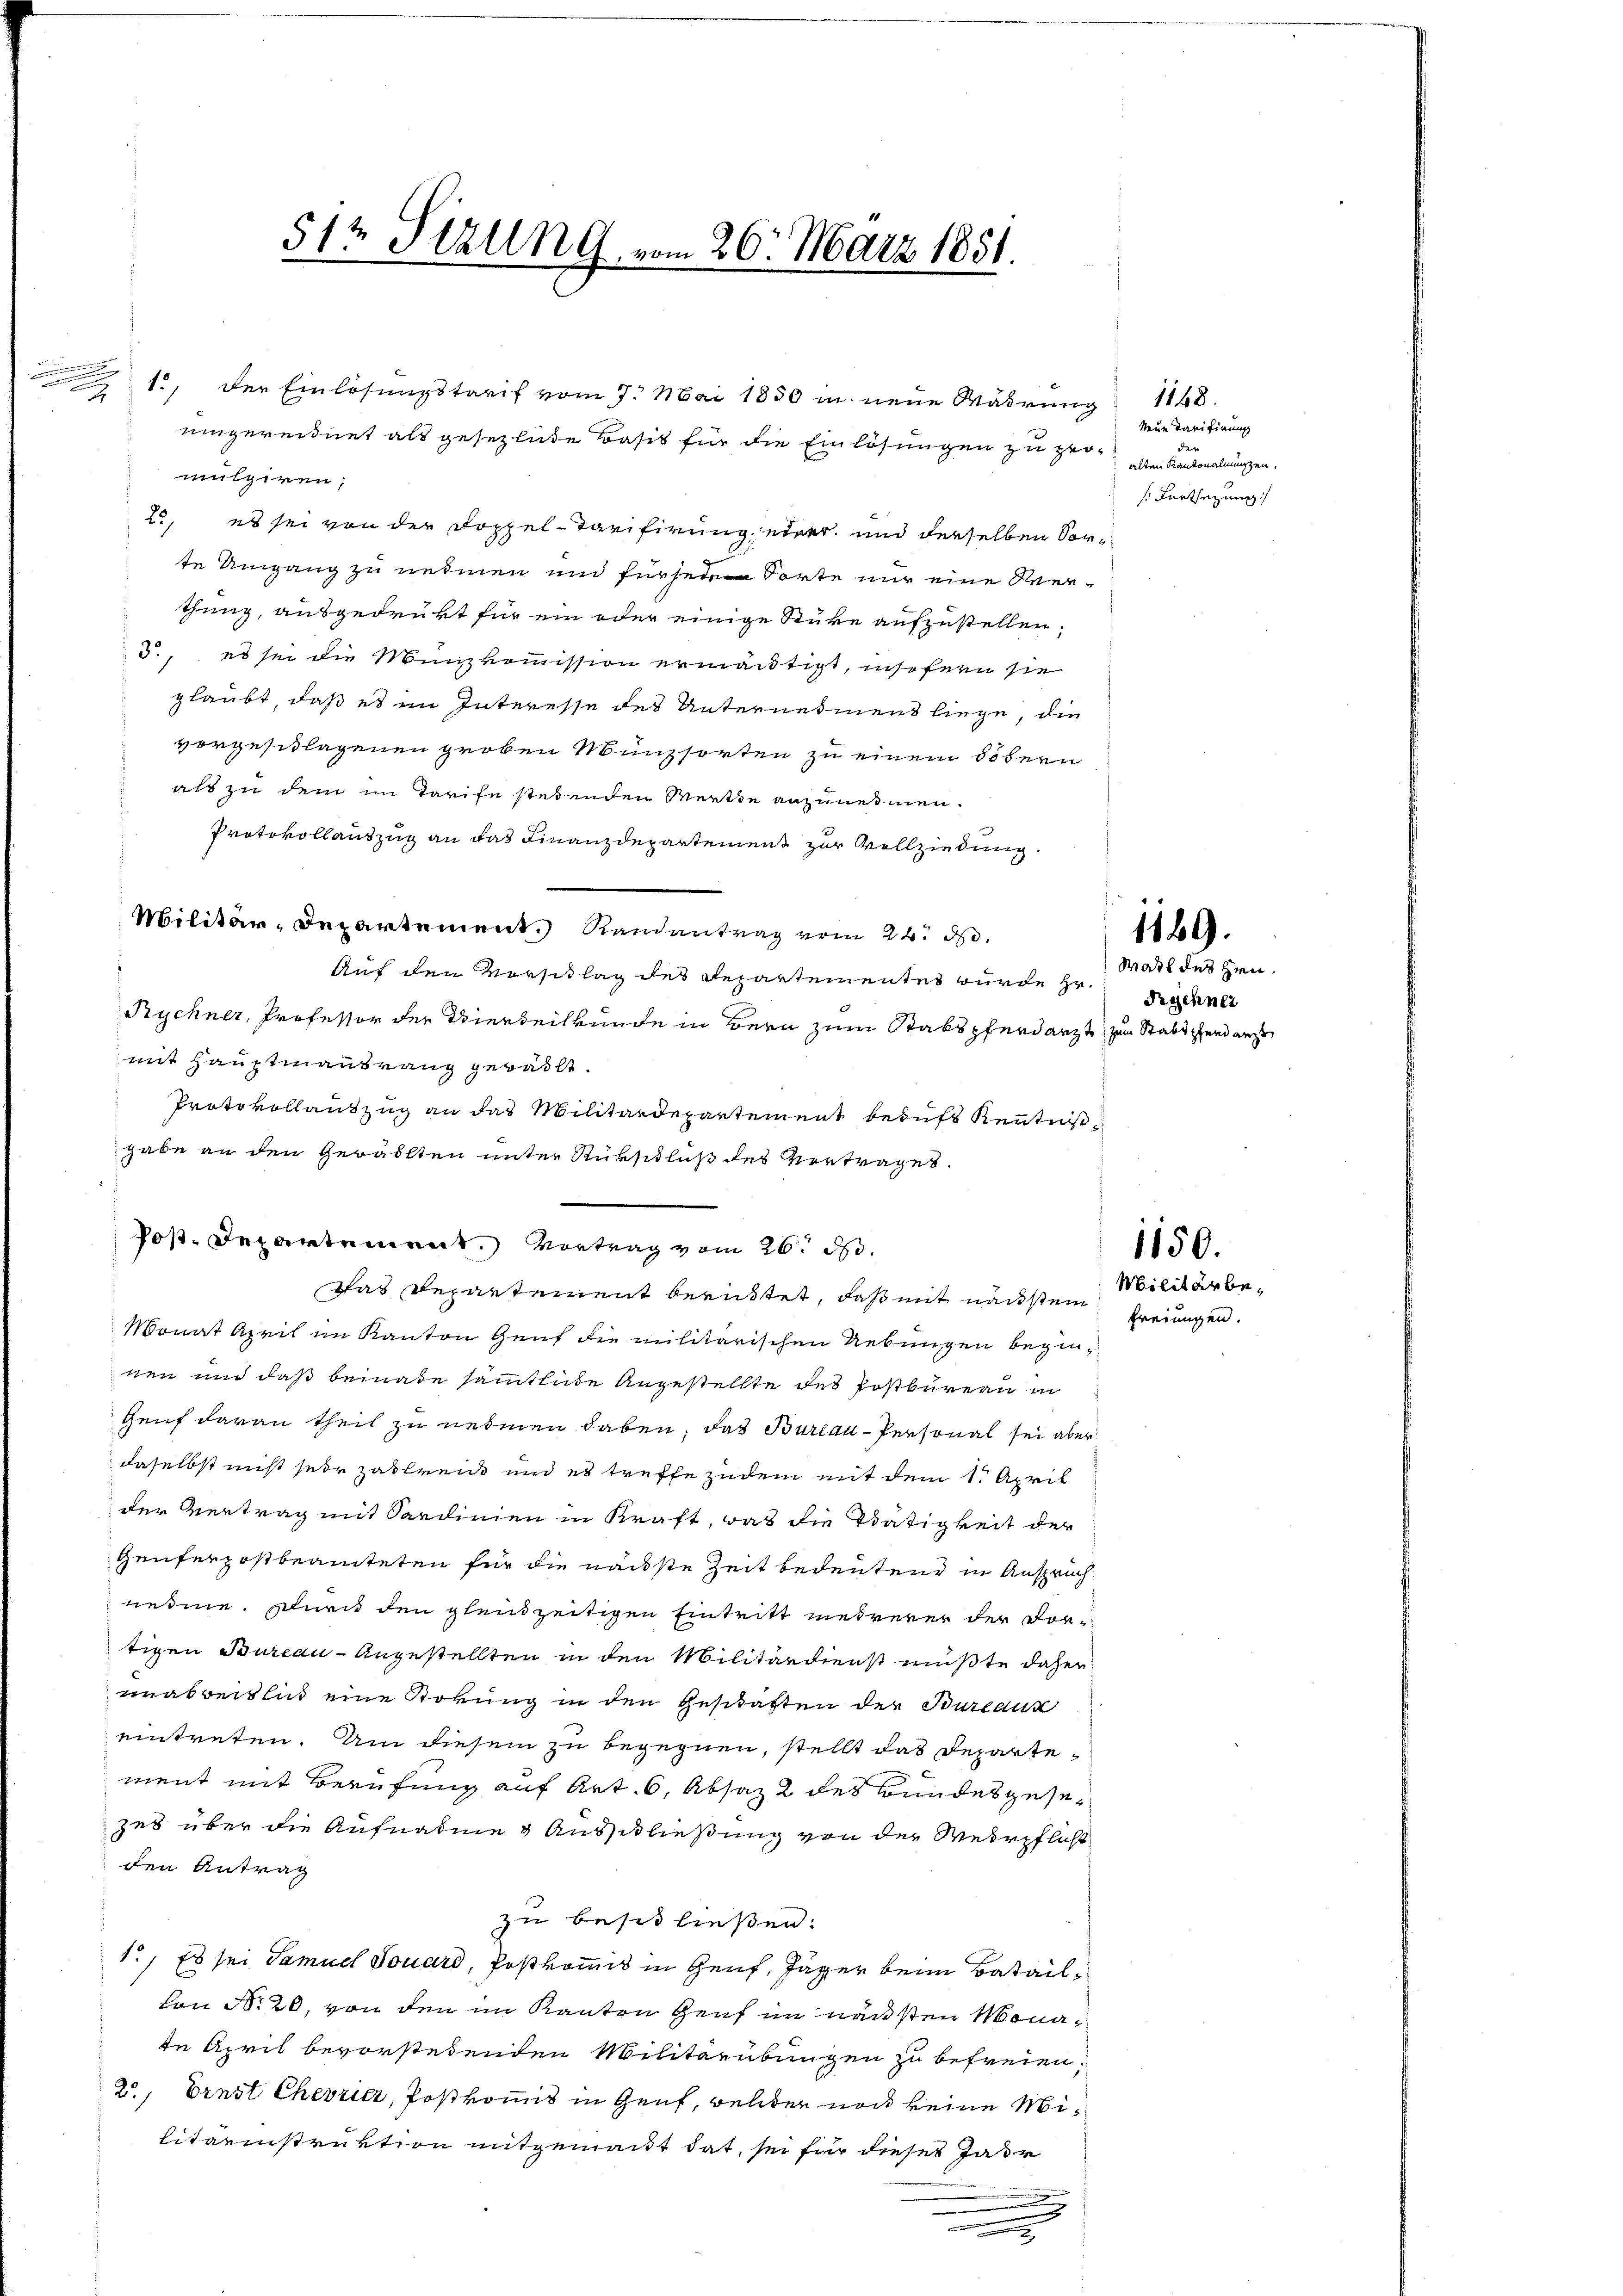
1., der Einlösungstarif vom 7. Mai 1850 in neue Währung 1148.
uingereidnet als gesezliche Basis für die Einlösungen zu promulgiren,
2., es sei von der Doppel- Tarifirung einer und derselben Sorte Umgang zu nehmen und für sein Sorte nur eine Verthung, ausgedrukt für ein oder einige Stücke aufzustellen.
5., es sei die Münzkommission ermäutigt, insofern sie
glaubt, daß es im Interesse des Unternehmens liege, die
vorgeschlagenen groben Münzsorten zu einem Sofern
als zu dem im Tarife stehenden Werkte anzunehmen.
Protokollantzug an das Finanzdepartement zur Vollziehung.
Militär-Departement. Randantrag vom 24. ds.
Auf den Vorschlag des Departementes wurde Hr. Rechnet
Rychner, Professor der Vierteilkunde in Bern zum Stabspferdarzt, zum Statt gend aus
mit Hauptmantrang gewählt.
Protokollauszug an das Militärdepartement behufs Kenntniß
gabe an den Gewählten unter Rückschluß des Vertrages.
Das Departement beruhtet, daß mit nächstein
Monat April im Kanton Genf die militärischen Uebungen beginsen und daß beinade sammtliche Angestellte des Postbüreau in
Genf daran theil zu nehmen haben, das Bureau-Personal sei aber
daselbst nicht sehr zahlreie und es treffe zudem mit dem 1. April
der Vertrag mit Sardinien in Kraft, das die Tätigkeit der
Genferpostbeamteten für die nächste Zeit bedeutend in Anspruch
nehme. Durn den gleichzeitigen Eintritt mehrerer der Vortigen Bureau - Angestellten in den Militärdienst müßte daher
enabreitlich eine Störung in den Geschäften der Bureaux
eintreten. Um diesem zu begegnen, stellt das Departement mit Berufung auf Art. 6, Absatz 2 des Bundesgesezes über die Aufnahme Ausschließung von der Wehrpflicht
den Antrag
zu besitließen.
1.) Es sei Samuel Souard, Postkomit in Genf, Jäger beim Batailvon No 20, von den im Kanton Genf im nächsten Monate April bevorstehenden Militärübungen zu befreien,
2., Ernst Chevricz, Postkommis in Genf, welcher noch keine Militarinstruktion mitgemacht hat, sei für dieses Jahr

x
e

512 Stzung, vom 26. März 1851.

Post. Departement. Vortrag vom 26. d.

Neue Tarifirung
der |
alten Kantonalmünzen.
s Fortsezung

Watt des Hrn.

1149.

freiungen.

1150.
Militärbe¬